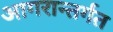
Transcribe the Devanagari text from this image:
आगरान्तर्गत